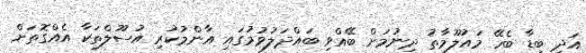
އަދި ބިޑާ ބެހޭ މައުލޫމާތު ދިނުމަށް ބޭއްވި ބައްދަލުވުމުގައި އާންމުކުރި އުސޫލްތަކާ އެއްގޮތަށް